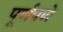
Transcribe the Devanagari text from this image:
पूूर्णपणे